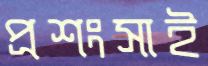
প্রশংসাই